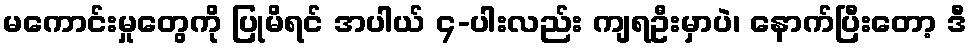
မကောင်းမှုတွေကို ပြုမိရင် အပါယ် ၄-ပါးလည်း ကျရဦးမှာပဲ၊ နောက်ပြီးတော့ ဒီ